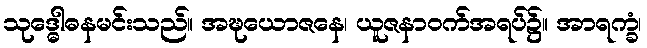
သုဒ္ဓေါဓနမင်းသည်။ အဍ္ဎယောဇနေ၊ ယူဇနာဝက်အရပ်၌။ အာရက္ခံ၊